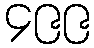
၄၉၉